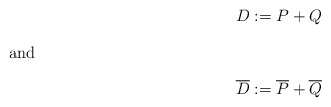
\begin{align*}D & := P + Q\intertext{and}\overline{D} & := \overline{P} + \overline{Q}\end{align*}